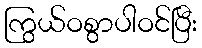
ကြွယ်ဝစွာပါဝင်ပြီး